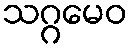
သဂ္ဂမေဝ